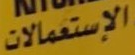
الإستعمالات